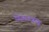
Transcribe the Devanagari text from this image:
विज्ञानजगत्‌